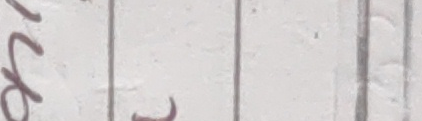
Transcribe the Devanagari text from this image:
खर